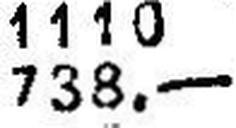
738.—